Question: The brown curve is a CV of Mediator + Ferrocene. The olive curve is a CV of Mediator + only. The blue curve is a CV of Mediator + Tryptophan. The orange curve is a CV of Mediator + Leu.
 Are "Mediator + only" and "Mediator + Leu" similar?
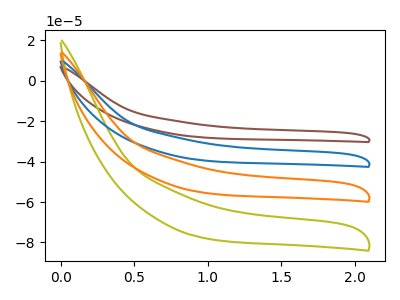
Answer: <think>The brown curve "Mediator + Ferrocene" has no peaks. The olive curve "Mediator + only" has no peaks. The blue curve "Mediator + Tryptophan" has no peaks. The orange curve "Mediator + Leu" has no peaks.
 Neither "Mediator + only" or "Mediator + Leu" have any peaks.</think>
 <answer>"Mediator + only" and "Mediator + Leu" are similar in shape.</answer>
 <eval>same_shape</eval>